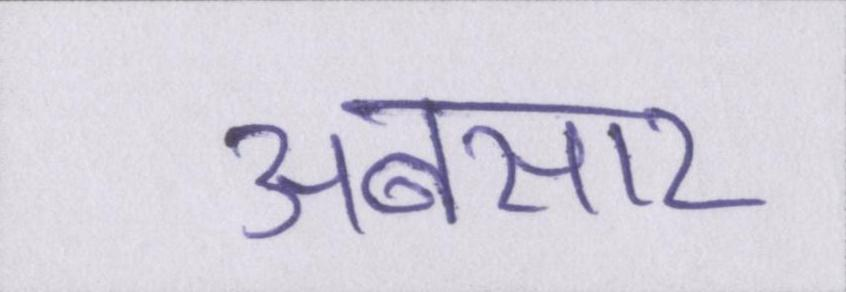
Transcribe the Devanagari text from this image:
अबसार